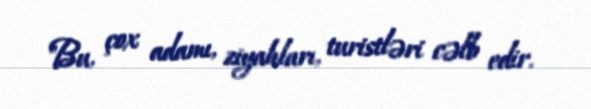
"Bu, çox adamı, ziyalıları, turistləri cəlb edir.